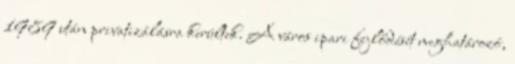
1989 után privatizálásra kerültek. A város ipari fejlődését meghatározó,